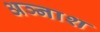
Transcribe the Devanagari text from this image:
अञ्नाश